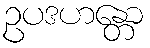
ဥပဒဟန္တော